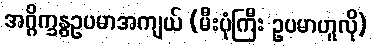
အဂ္ဂိက္ခန္ဓဥပမာအကျယ် (မီးပုံကြီး ဥပမာဟူလို)